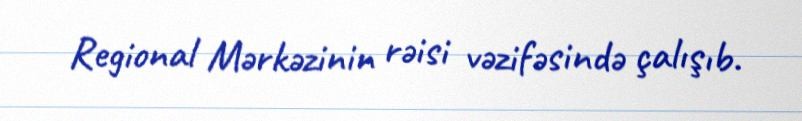
Regional Mərkəzinin rəisi vəzifəsində çalışıb.